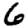
Digit: 6